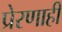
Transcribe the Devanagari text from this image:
प्रेरणाही